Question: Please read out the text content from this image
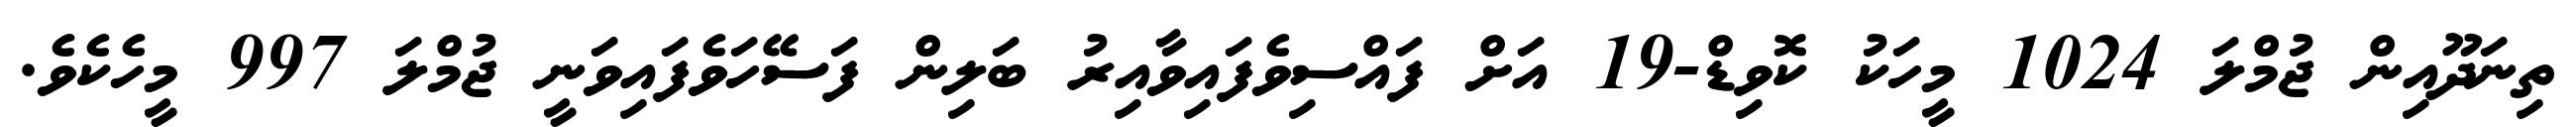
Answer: ތިނަދޫއިން ޖުމްލަ 1024 މީހަކު ކޮވިޑް-19 އަށް ފައްސިވެފައިވާއިރު ބަލިން ފަސޭހަވެފައިވަނީ ޖުމްލަ 997 މީހެކެވެ.